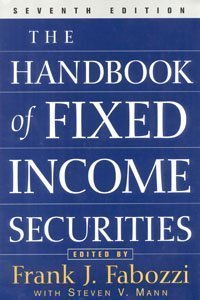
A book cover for Handbook of Fixed Income Securities 7th Edition; Frank Fabozzi; Business & Money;